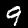
Digit: 9